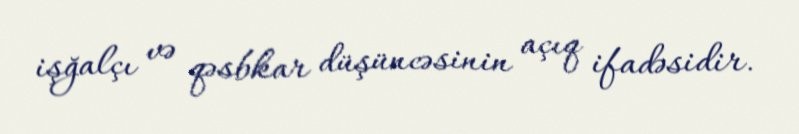
işğalçı və qəsbkar düşüncəsinin açıq ifadəsidir.